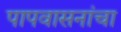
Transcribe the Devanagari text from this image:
पापवासनांचा